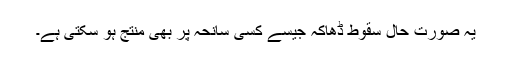
یہ صورت حال سقوطِ ڈھاکہ جیسے کسی سانحہ پر بھی منتج ہو سکتی ہے۔